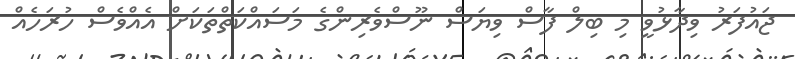
ޖައުފަރު ވިދާޅުވީ މި ބިލް ފާސް ވިޔަސް ނޫސްވެރިންގެ މަސައްކަތްތަކަށް އެއްވެސް ހުރަހެއް